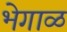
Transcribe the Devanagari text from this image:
भेगाळ